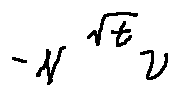
- N ^ { \sqrt { t } } v